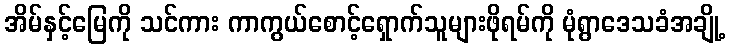
အိမ်နှင့်မြေကို သင်ကား ကာကွယ်စောင့်ရှောက်သူများဖိုရမ်ကို မုံရွာဒေသခံအချို့